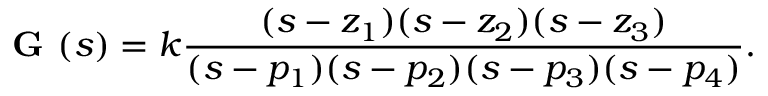
{ \textbf { G } } ( s ) = k { \frac { ( s - z _ { 1 } ) ( s - z _ { 2 } ) ( s - z _ { 3 } ) } { ( s - p _ { 1 } ) ( s - p _ { 2 } ) ( s - p _ { 3 } ) ( s - p _ { 4 } ) } } .